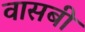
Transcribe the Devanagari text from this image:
वासबी